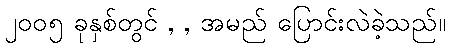
၂၀၀၅ ခုနှစ်တွင် , , အမည် ပြောင်းလဲခဲ့သည်။